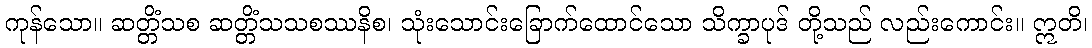
ကုန်သော။ ဆတ္တိံသစ ဆတ္တိံသသစဿနိစ၊ သုံးသောင်းခြောက်ထောင်သော သိက္ခာပုဒ် တို့သည် လည်းကောင်း။ ဣတိ၊